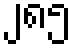
၂၈၅